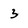
Character: 3